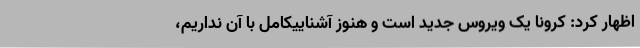
اظهار کرد: کرونا یک ویروس جدید است و هنوز آشناییکامل با آن نداریم،